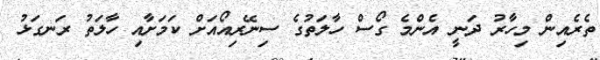
ތެރެއިން މިހާރު ދަނީ އެންމެ ގޯސް ހާލަތުގެ ސިނޭރިއޯއަށް ކަމަށާއި ހާލަތު ރަނގަޅު